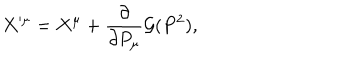
X ^ { \prime \mu } = X ^ { \mu } + { \frac { \partial } { \partial P _ { \mu } } } { \cal G } ( P ^ { 2 } ) ,